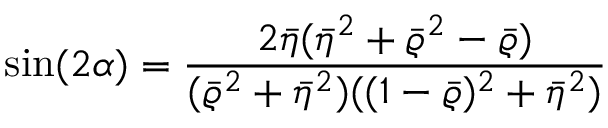
\sin ( 2 \alpha ) = \frac { 2 \bar { \eta } ( \bar { \eta } ^ { 2 } + \bar { \varrho } ^ { 2 } - \bar { \varrho } ) } { ( \bar { \varrho } ^ { 2 } + \bar { \eta } ^ { 2 } ) ( ( 1 - \bar { \varrho } ) ^ { 2 } + \bar { \eta } ^ { 2 } ) }